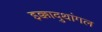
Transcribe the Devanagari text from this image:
इक्कादुथांगल